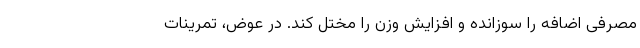
مصرفی اضافه را سوزانده و افزایش وزن را مختل کند. در عوض، تمرینات